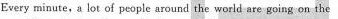
Every minute,a lot of people around the world are going on the